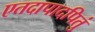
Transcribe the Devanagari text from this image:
एतदापादपितुं